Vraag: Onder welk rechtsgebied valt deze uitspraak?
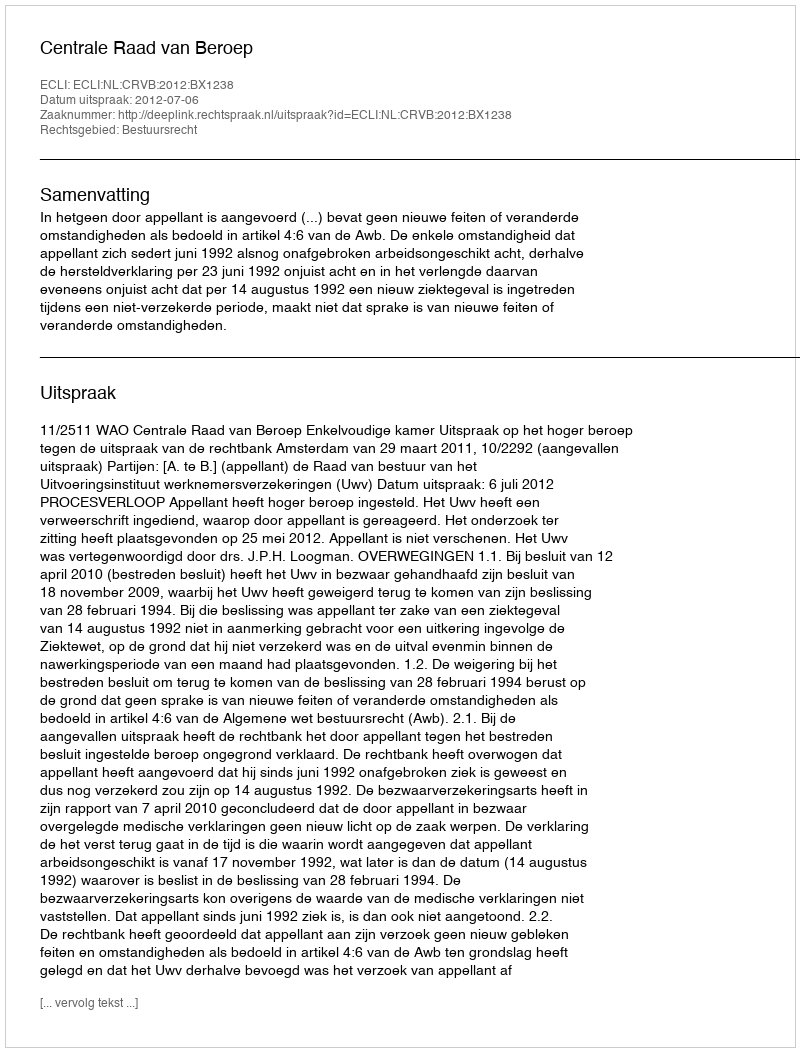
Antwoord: Bestuursrecht